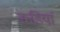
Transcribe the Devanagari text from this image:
कडियां